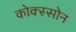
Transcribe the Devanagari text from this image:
कोक्स्सोन